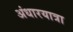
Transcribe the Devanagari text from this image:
अंधारयात्रा